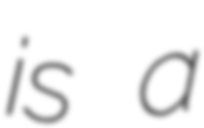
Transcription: is a